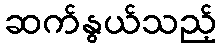
ဆက်နွယ်သည့်